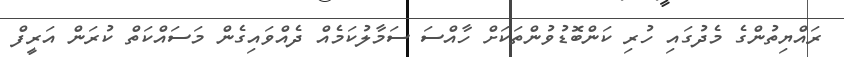
ރައްޔިތުންގެ މެދުގައި ހުރި ކަންބޮޑުވުންތަކަށް ހާއްސަ ސަމާލުކަމެއް ދެއްވައިގެން މަސައްކަތް ކުރަން އަރީފް